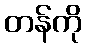
တန်ကို